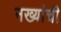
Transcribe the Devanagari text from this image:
नख्यांची